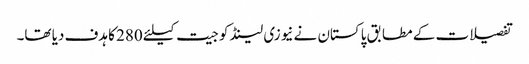
تفصیلات کے مطابق پاکستان نے نیوزی لینڈ کو جیت کیلئے 280 کا ہدف دیا تھا۔